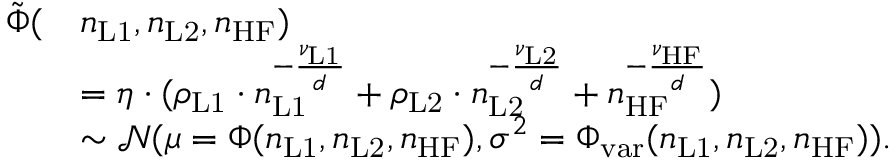
\begin{array} { r l } { \tilde { \Phi } ( } & { n _ { \mathrm { L 1 } } , n _ { \mathrm { L 2 } } , n _ { \mathrm { H F } } ) } \\ & { = \eta \cdot ( \rho _ { \mathrm { L 1 } } \cdot n _ { \mathrm { L 1 } } ^ { - \frac { \nu _ { \mathrm { L 1 } } } { d } } + \rho _ { \mathrm { L 2 } } \cdot n _ { \mathrm { L 2 } } ^ { - \frac { \nu _ { \mathrm { L 2 } } } { d } } + n _ { \mathrm { H F } } ^ { - \frac { \nu _ { \mathrm { H F } } } { d } } ) } \\ & { \sim \mathcal { N } ( \mu = \Phi ( n _ { \mathrm { L 1 } } , n _ { \mathrm { L 2 } } , n _ { \mathrm { H F } } ) , \sigma ^ { 2 } = \Phi _ { \mathrm { v a r } } ( n _ { \mathrm { L 1 } } , n _ { \mathrm { L 2 } } , n _ { \mathrm { H F } } ) ) . } \end{array}